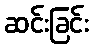
ဆင်းခြင်း